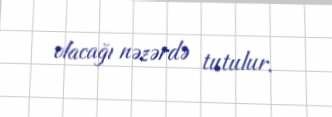
olacağı nəzərdə tutulur.